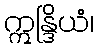
ဣန္ဒြိယံ၊